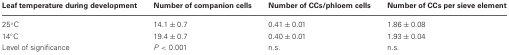
<table><thead><tr><td><b>Leaf temperature during development</b></td><td><b>Number of companion cells</b></td><td><b>Number of CCs/phloem cells</b></td><td><b>Number of CCs per sieve element</b></td></tr></thead><tbody><tr><td>25°C</td><td>14.1 ± 0.7</td><td>0.41 ± 0.01</td><td>1.86 ± 0.08</td></tr><tr><td>14°C</td><td>19.4 ± 0.7</td><td>0.40 ± 0.01</td><td>1.93 ± 0.04</td></tr><tr><td>Level of significance</td><td><i>P</i> &lt; 0.001</td><td>n.s.</td><td>n.s.</td></tr></tbody></table>